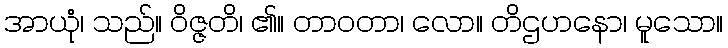
အာယုံ၊ သည်။ ဝိဇ္ဇတိ၊ ၏။ တာဝတာ၊ လော။ တိဌဟနော၊ မူသော။